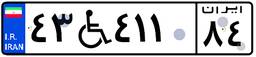
۴۳W۴۱۱۸۴